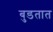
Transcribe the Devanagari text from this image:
बुडतात